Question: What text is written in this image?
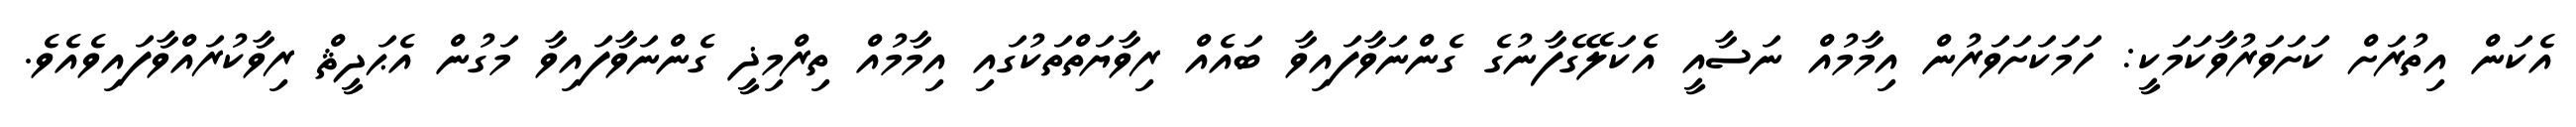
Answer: އެކަން އިތުރަށް ކަށަވަރުވާކަމަކީ: ހަމަކަށަވަރުން އިމާމުއް ނަސާއީ އެކަލޭގެފާނުގެ ގެންނަވާފައިވާ ބައެއް ރިވާޔަތްތަކުގައި އިމާމުއް ތިރްމިޛީ ގެންނަވާފައިވާ މަގުން އެޙަދީޘް ރިވާކުރައްވާފައިވެއެވެ.